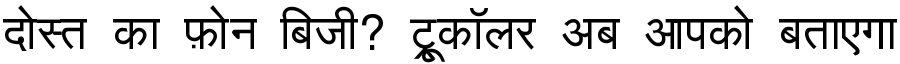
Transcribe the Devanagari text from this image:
दोस्त का फ़ोन बिजी? ट्रूकॉलर अब आपको बताएगा